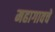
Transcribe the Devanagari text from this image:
महागावचे